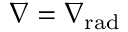
\ensuremath { \nabla } = \ensuremath { \nabla _ { \mathrm { { r a d } } } }